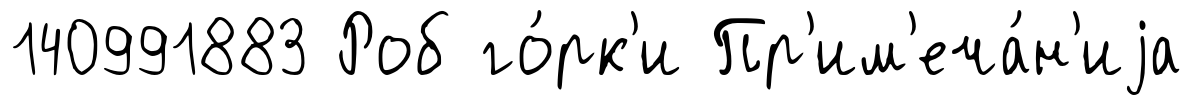
140991883 Роб го́рк'и Пр'им'еча́н'иjа